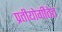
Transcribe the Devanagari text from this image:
प्रतीयोगीतेत